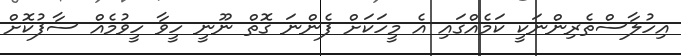
އިހުލާސްތެރިންނަކީ ކަމެއްގައި އެ މީހަކަށް ފެންނަ ގޮތް ނޫނީ ހީވާ ހީވުމެއް ސާފުކޮށް